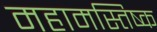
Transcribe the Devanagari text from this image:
महामस्तिष्क